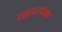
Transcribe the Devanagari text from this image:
धनुर्धरांपेक्षा